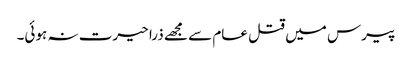
پیرس میں قتل عام سے مجھے ذرا حیرت نہ ہوئی۔